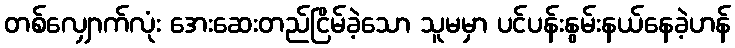
တစ်လျှောက်လုံး အေးဆေးတည်ငြိမ်ခဲ့သော သူမမှာ ပင်ပန်းနွမ်းနယ်နေခဲ့ဟန်